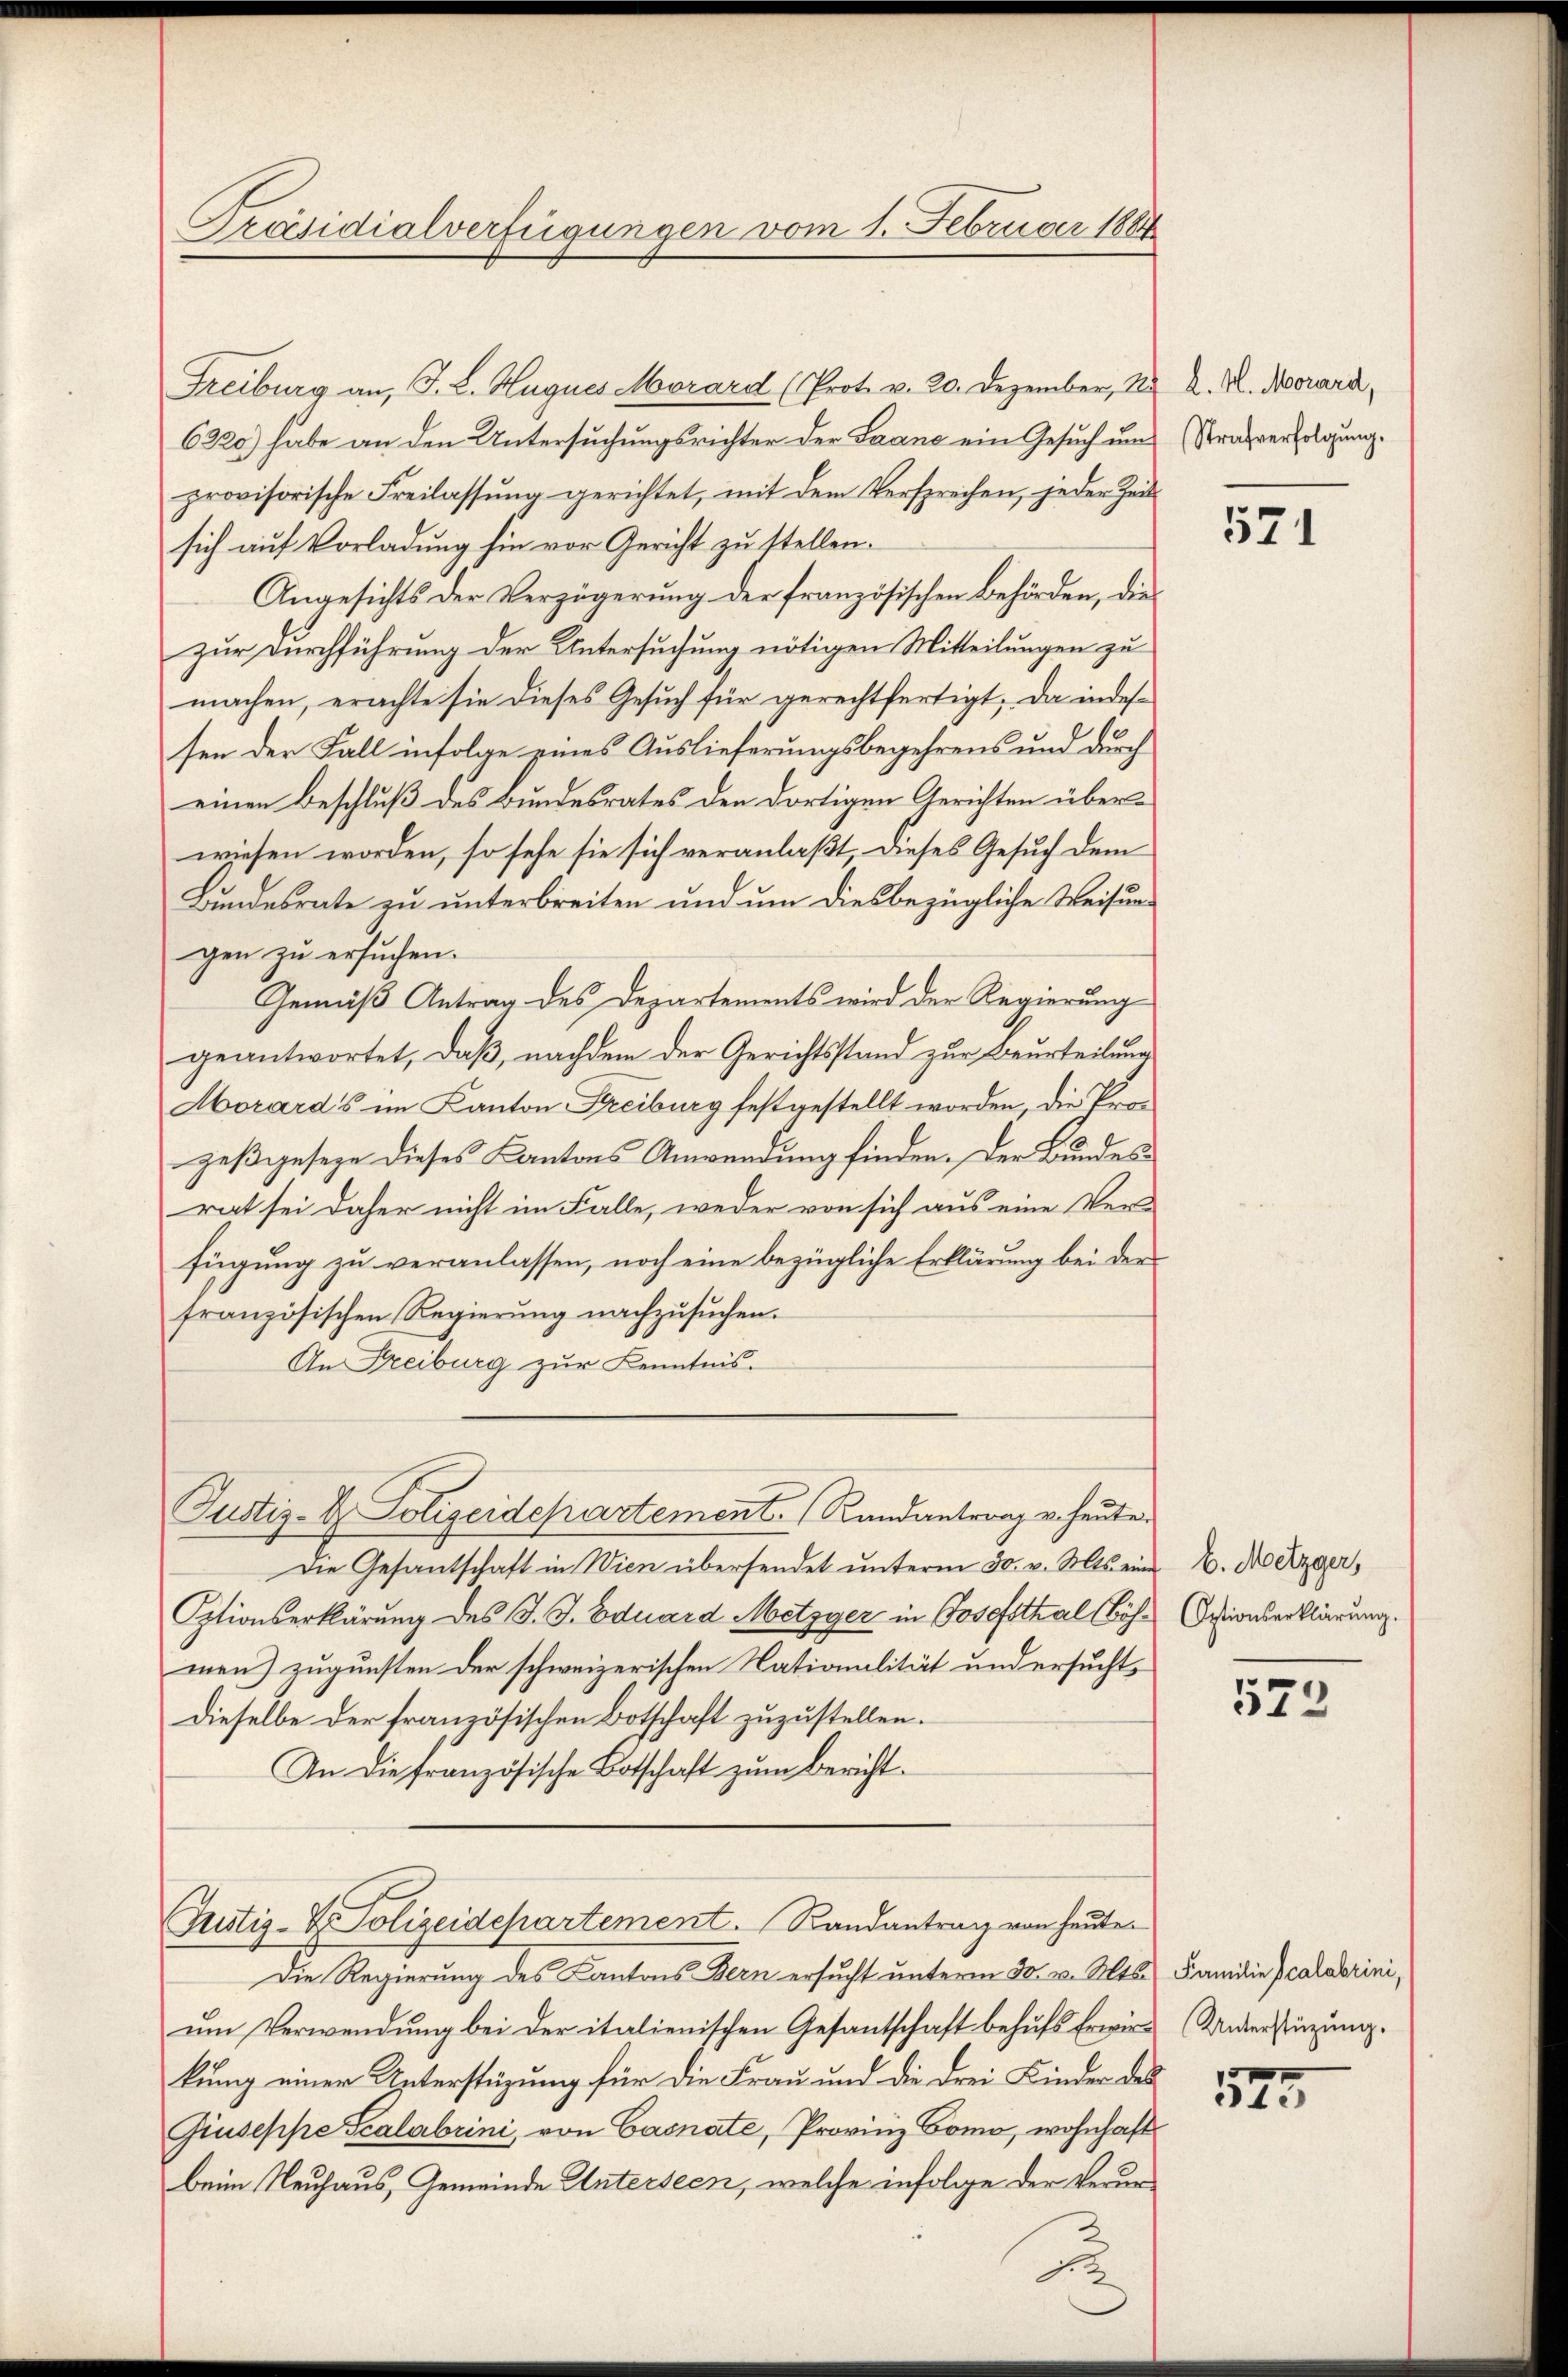
Präsidialverfügungen vom 1. Februder 1884

Freiburg an, J. L. Hugnes Morard (Prot. v. 20. Dezember, 14 K. K. Morard,
6320) habe an den Untersuchungsrichter der Saane ein Gesuch und (Strafverfolgung.
provisorische Freilassung gerichtet, mit dem Versprechen, jeder Zeit
sich auf Vorladung hin vor Gericht zu stellen.
Angesichts der Verzögerung der französischen Behörden, die
zur Durchführung der Untersuchung nötigen Mitteilungen zu
machen, erachte sie dieses Gesuch für gerechtfertigt. Da indessen der Fall infolge eines Auslieferungsbegehrens und durch
einen Beschluß des Bundesrates den dortigen Gerichten überwiesen worden, so sehe sie sich veranlaßt, dieses Gesuch dem
Bundesrate zu unterbreiten und um diesbezügliche Weisungen zu ersuchen.
Gemäß Antrag des Departements wird der Regierung
geantwortet, daß, nachdem der Gerichtsstand zur Beurteilung
Morárd’s im Kanton Freiburg festgestellt worden, die Prozeßgeseze dieses Kantons Anwendung finden. Der Bundesrat sei daher nicht im Falle, weder von sich aus eine Ver-
fügung zu veranlassen, noch eine bezügliche Erklärung bei der
französischen Regierŭng nachzŭsŭchen.
An Freiburg zur Kenntnis.
Justiz- & Polizeidepartement. (Randantrag u. heute.
Die Gesantschaft in Wien übersendet ŭnterm 30. v. Mts. eine E. Mezger,
Optionserklärung des J. J. Eduard Metzger in Josefsthal Cöh-Ostionserklärung.
men) zugunsten der schweizerischen Nationalität und ersucht,
Dieselbe der französischen Botschaft zuzustellen.
An die französische Botschaft zum Bericht.

Justiz- & Polizeidepartement. Randantrag von heute

u

Die Regierung des Kantons Bern ersŭcht ŭnterm 30. v. Mts. Familie scalabrini,
um Verwendung bei der italienischen Gesantschaft behufs Erwird (Unterstüzung.
kung einer Unterstüzung für die Frau und die drei Kinder des
Giuseppe Scalabrini, von Casnate, Provinz Bomo, wohnhaft
beim Neuhaus, Gemeinde Unterseen, welche infolge der Verur¬

571

573

525